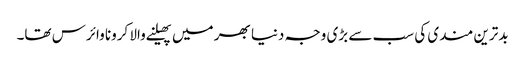
بدترین مندی کی سب سے بڑی وجہ دنیا بھر میں پھیلنے والا کرونا وائرس تھا۔